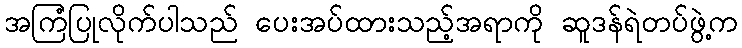
အကြံပြုလိုက်ပါသည် ပေးအပ်ထားသည့်အရာကို ဆူဒန်ရဲတပ်ဖွဲ့က